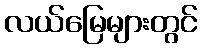
လယ်မြေများတွင်